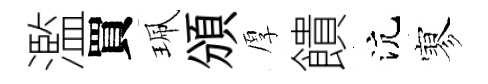
濫買珮頒厚饋沆寥